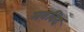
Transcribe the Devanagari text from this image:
मवविद